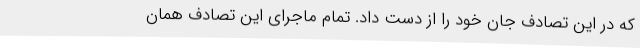
که در این تصادف جان خود را از دست داد. تمام ماجرای این تصادف همان